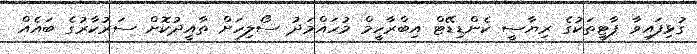
ގުޅިފައިވާ ޕާޓީތަކުގެ ރިޔާސީ ކެންޑިޑޭޓް އިބްރާހީމް މުހައްމަދު ސޯލިހަށް ތާއީދުކޮށް ސަރުކާރުގެ ބައެއް